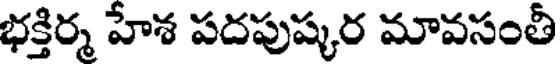
భక్తిర్మ హేశ పదపుష్కర మావసంతీ